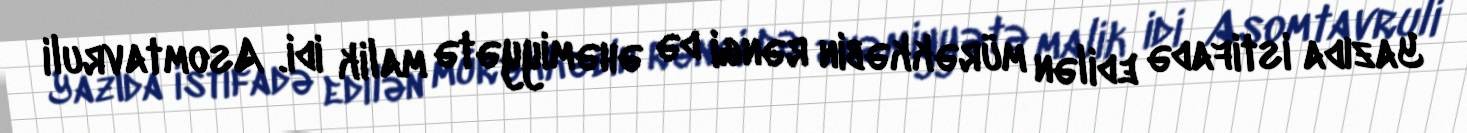
Yazıda istifadə edilən mürəkkəbin rəngi də əhəmiyyətə malik idi. Asomtavruli